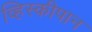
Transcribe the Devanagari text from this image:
व्हिस्कीपान